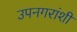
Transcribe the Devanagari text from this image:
उपनगरांशी